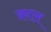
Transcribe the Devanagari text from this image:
क़ाल